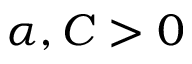
\alpha , C > 0